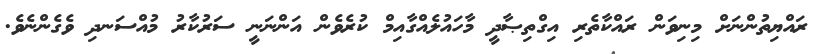
ރައްޔިތުންނަށް މިނިވަން ރައްކާތެރި އިގްތިޞާދީ މާހައުލެއްގާއިމް ކުރެވެން އަންނަނީ ސަރުކާރު މުއްސަނދި ވެގެންނެވެ.